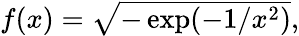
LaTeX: \begin{array}{r}{f(x)=\sqrt{-\exp(-1/x^{2})},}\end{array}